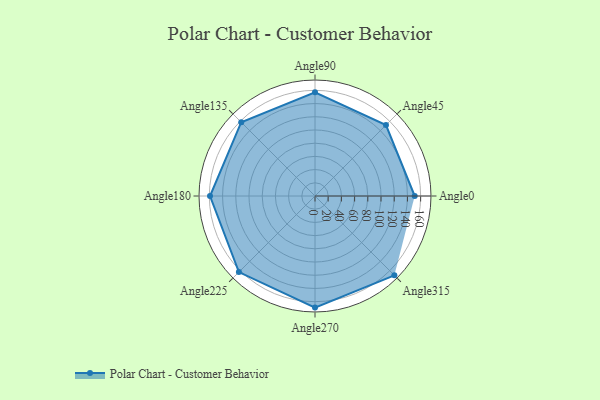
{"axis": {"x": "Angle", "y": "Radius"}, "legend": [""], "data": [{"x": "Angle0", "y": 151.0, "type": ""}, {"x": "Angle45", "y": 152.0, "type": ""}, {"x": "Angle90", "y": 157.0, "type": ""}, {"x": "Angle135", "y": 158.0, "type": ""}, {"x": "Angle180", "y": 159.0, "type": ""}, {"x": "Angle225", "y": 163.0, "type": ""}, {"x": "Angle270", "y": 169.0, "type": ""}, {"x": "Angle315", "y": 170, "type": ""}]}